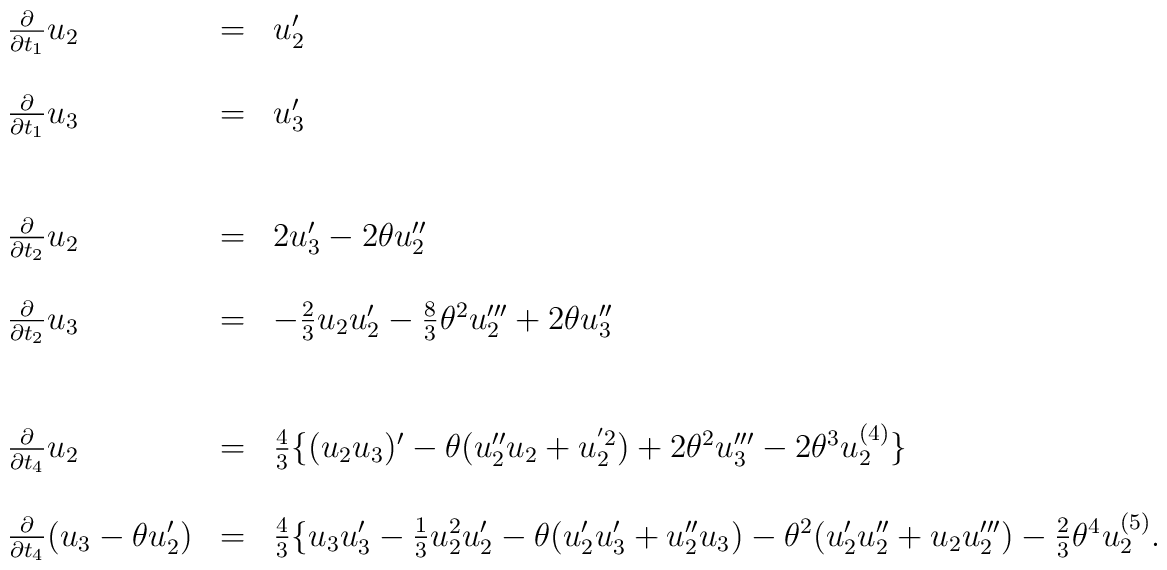
\begin{array}{lcl}\frac{\partial}{\partial t_{1}}{u_2}&=&{u'_2}\\\\\frac{\partial}{\partial t_{1}}{u_3}&=&{u'_3}\\\\\\\frac{\partial}{\partial t_{2}}{u_2}&=&2{u'_3}-2\theta u''_2\\\\\frac{\partial}{\partial t_{2}}{u_3}&=&-\frac{2}{3}u_{2}u'_{2}-\frac{8}{3}\theta^{2}u'''_{2}+2\theta u''_3\\ \\ \\  \frac{\partial}{\partial t_{4}}{u_2}&=&\frac{4}{3}\{(u_{2}u_{3})'-\theta( u''_{2}u_2+u_{2}^{'2})+2{\theta}^{2}u'''_{3}- 2{\theta}^{3}u^{(4)}_{2}\}\\\\\frac{\partial}{\partial t_{4}}{(u_3-\theta u'_{2})}&=& \frac{4}{3}\{u_{3}u'_{3}-\frac{1}{3}u_{2}^{2}u'_{2}-\theta(u'_{2}u'_3+u''_{2}u_{3})- \theta^{2}(u'_{2}u''_2+u_{2}u'''_2)-\frac{2}{3}\theta^{4}u^{(5)}_2    .  \end{array}